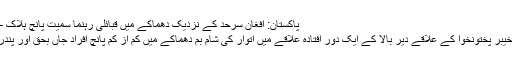
پاکستان: افغان سرحد کے نزدیک دھماکے میں قبائلی رہنما سمیت پانچ ہلاک – Newsalertlive
دیر بالا( نیوزالرٹ) خیبر پختونخوا کے علاقے دیر بالا کے ایک دور افتادہ علاقے میں اتوار کی شام بم دھماکے میں کم از کم پانچ افراد جاں بحق اور پندرہ زخمی ہو گئے ہیں۔